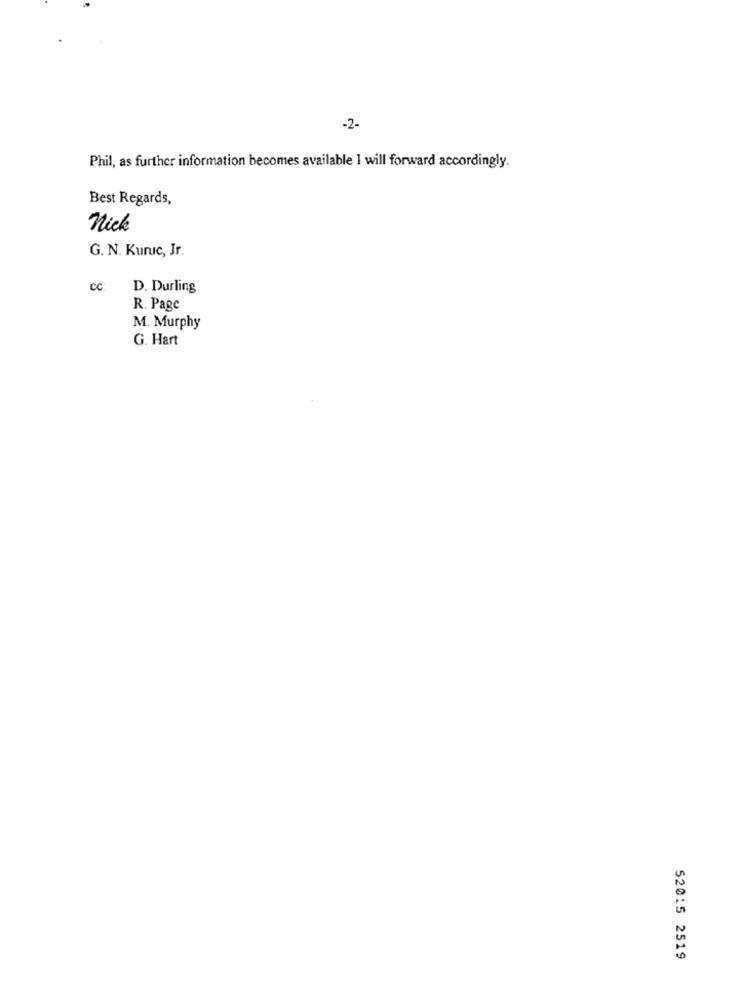
-2-
Phil, as further information becomes available I will forward accordingly.
Best Regards,
Nick
G. N. Kuruc, Jr.
CC:
D. Durling
R. Page
M. Murphy
G. Hart
52015 2519